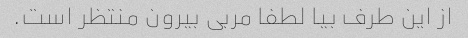
از این طرف بیا لطفا مربی بیرون منتظر است.